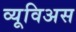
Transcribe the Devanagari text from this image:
व्यूविअस